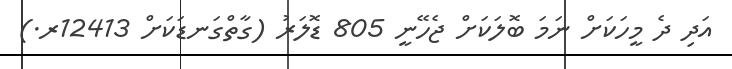
އަދި ދެ މީހަކަށް ނަމަ ބޮލަކަށް ޖެހޭނީ 805 ޑޮލަރު (ގާތްގަނޑަކަށް 12413ރ.)